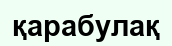
қарабулақ